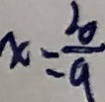
x = \frac { 2 0 } { 9 }